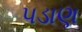
પડાણ